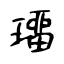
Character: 璢